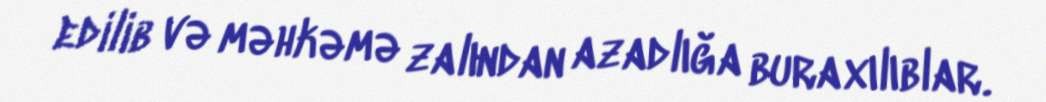
edilib və məhkəmə zalından azadlığa buraxılıblar.